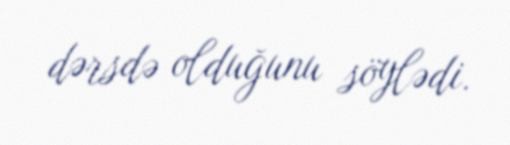
dərsdə olduğunu söylədi.